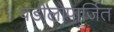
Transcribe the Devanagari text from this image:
वडीलोपार्जित